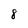
Character: 8